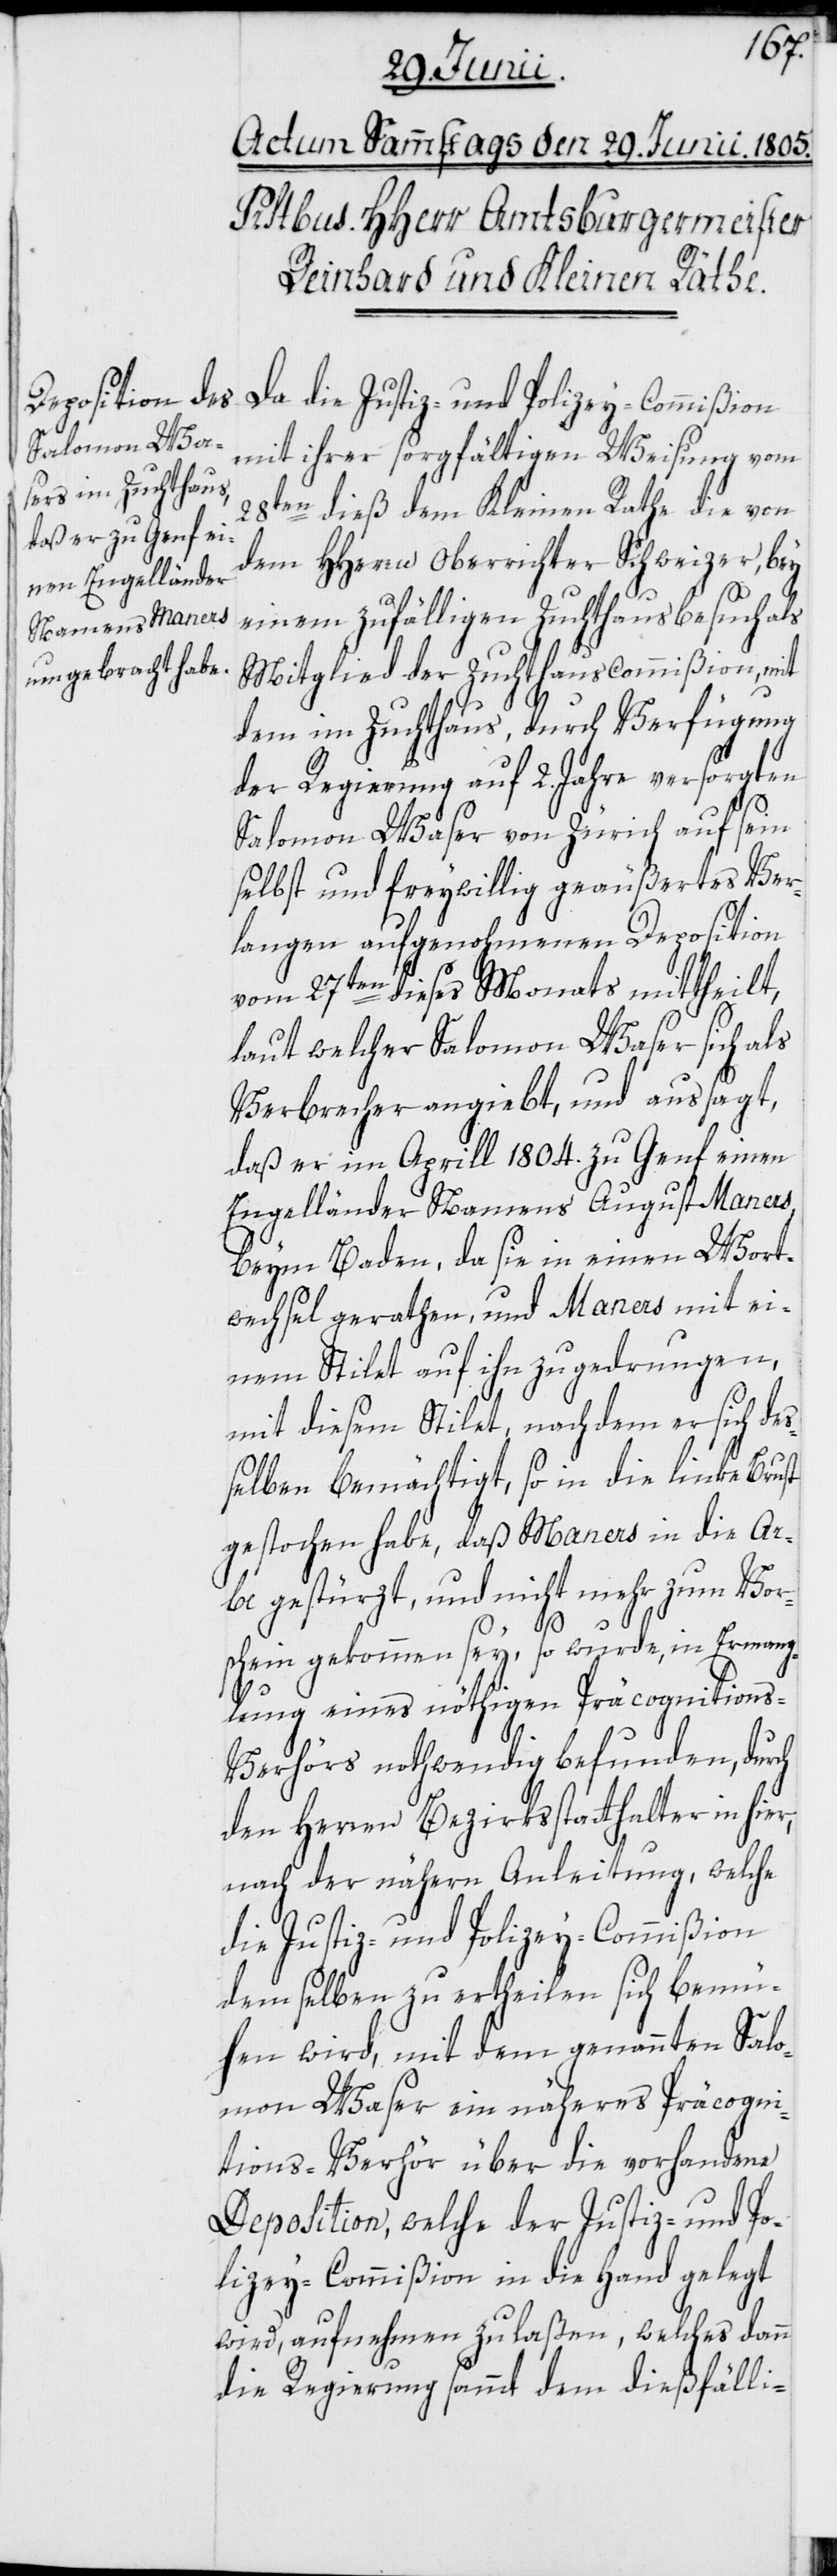
Da die Justiz- und Polizey-Commißion
mit ihrer sorgfältigen Weisung vom
28ten dieß dem Kleinen Rathe die von
dem HHerrn Oberrichter Schweizer, bey
einem zufälligen Zuchthausbesuch als
Mitglied der Zuchthauscommißion, mit
dem im Zuchthaus, durch Verfügung
der Regierung auf 2. Jahre versorgten
Salomon Waser von Zürich auf sein
selbst und freywillig geäußertes Ver¬
langen aufgenohmenen Deposition
vom 27ten dieses Monats mittheilt,
laut welcher Salomon Waser sich als
Verbrecher angiebt, und aussagt,
daß er im Aprill 1804. zu Genf einen
Engelländer Namens August Maners,
beym Baden, da sie in einen Wort¬
wechsel gerathen, und Maners mit ei¬
nem Stilet auf ihn zu gedrungen,
mit diesem Stilet, nachdem er sich de¬
ßelben bemächtigt, so in die linke Brust
gestochen habe, daß Maners in die Ar¬
be gestürzt, und nicht mehr zum Vor¬
schein gekommen sey, so wurde, in Ermang¬
lung eines nöthigen Präcognitions-V¬
erhörs nothwendig befunden, durch
den Herren Bezirksstatthalter in hier,
nach der nähern Anleitung, welche
die Justiz- und Polizey-Commißion
demselben zu ertheilen sich bemü¬
hen wird, mit dem genannten Salo¬
mon Waser ein näheres Päcogni¬
tions-Verhör über die vorhandene
Deposition, welche der Justiz- und Po¬
lizey-Commißion in die Hand gelegt
wird, aufnehmen zu laßen, welches dann
die Regierung sammt dem dießfälli-